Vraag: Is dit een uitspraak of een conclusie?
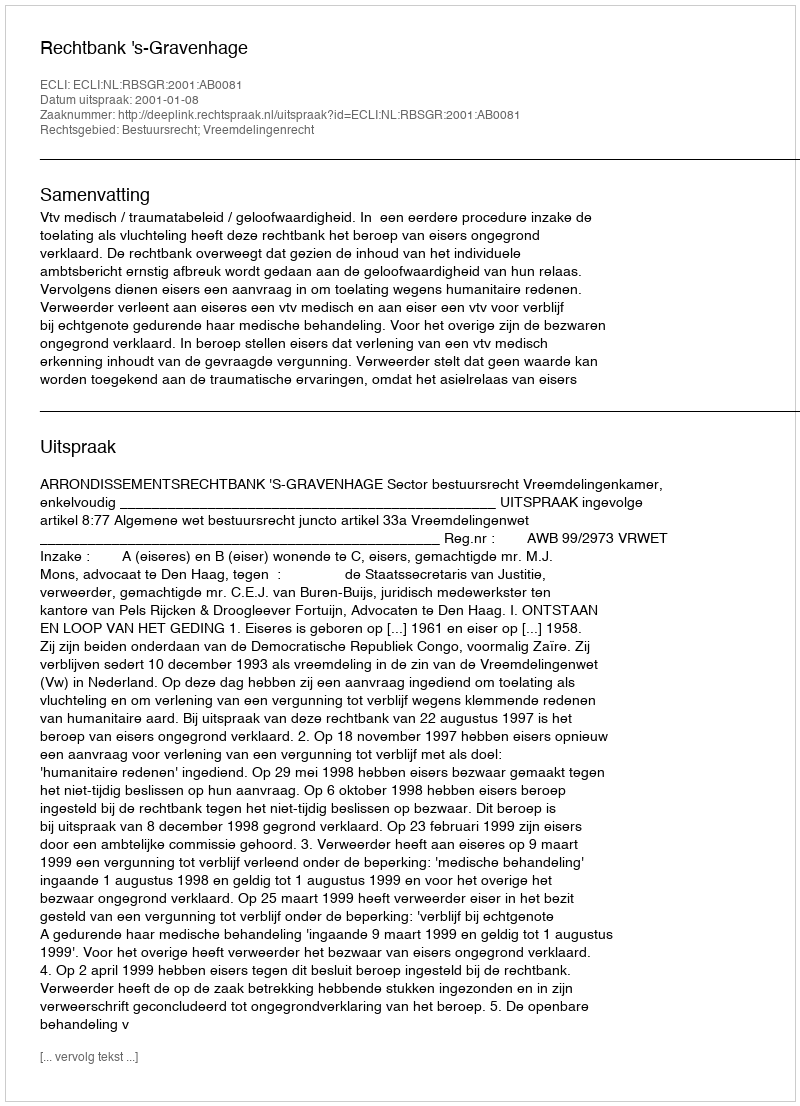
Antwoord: Uitspraak